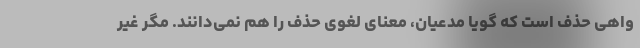
واهی حذف است که گویا مدعیان، معنای لغوی حذف را هم نمی‌دانند. مگر غیر